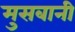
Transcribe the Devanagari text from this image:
मुसबानी